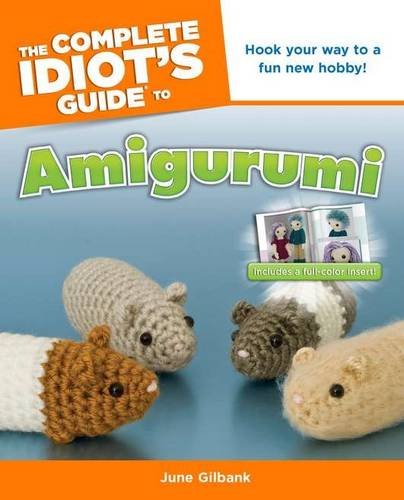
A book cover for The Complete Idiot's Guide to Amigurumi (Complete Idiot's Guides (Lifestyle Paperback)); June Gilbank; Crafts, Hobbies & Home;